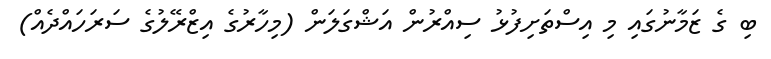
ބި ގެ ޒަމާނުގައި މި އިސްތަށިފުޅު ސިއްރުން އަޝްގަލަން (މިހާރުގެ އިޒްރޭލުގެ ސަރަހައްދެއް)